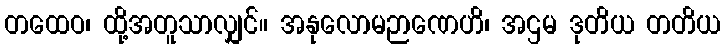
တထေဝ၊ ထို့အတူသာလျှင်။ အနုလောမဉာဏေဟိ၊ အဌမ ဒုတိယ တတိယ